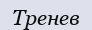
Тренев